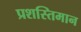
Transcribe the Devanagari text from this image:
प्रशस्तिमान